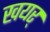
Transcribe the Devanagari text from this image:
खयर्